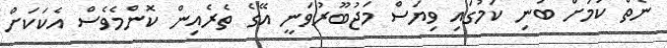
ނެތް ކަމަށް ބުނި ކަމުގައި ވިޔަސް މަޖުބޫރުވަނީ އޭގެ ތެރެއިން ކޮންމެވެސް އެކަކަށް